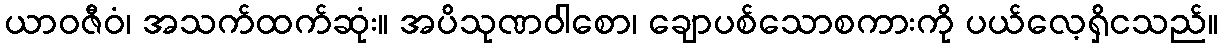
ယာဝဇီဝံ၊ အသက်ထက်ဆုံး။ အပိသုဏဝါစော၊ ချောပစ်သောစကားကို ပယ်လေ့ရှိငသည်။